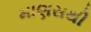
માણસથી